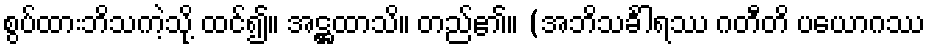
စွပ်ထားဘိသကဲ့သို့ ထင်၍။ အဋ္ဌထာသိ။ တည်၏။ (အဘိသင်္ခါရဿ ဂတီတိ ပယောဂဿ